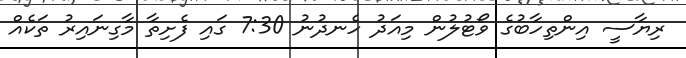
ރިޔާސީ އިންތިހާބުގެ ވޯޓުލުން މިއަދު ހެނދުނު 7:30 ގައި ފެށިތާ މާގިނައިރު ތަކެއް